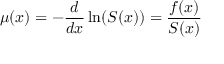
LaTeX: \mu ( x ) = - { \frac { d } { d x } } \ln ( S ( x ) ) = { \frac { f ( x ) } { S ( x ) } }